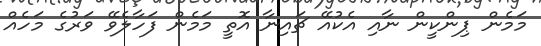
މަމެން ޕިންކީން ނާއި އެކުއޭ ޗައިނާ އޮތީ މަމެން ފަހާލެވޭ ވަރުގެ މަހެއް